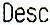
DESC